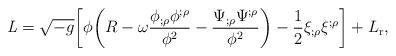
LaTeX: \begin{align*} {\it L} = \sqrt{-g}\biggl[\phi\biggl(R -\omega\frac{\phi_{;\rho}\phi^{;\rho}}{\phi^2} -\frac{\Psi_{;\rho}\Psi^{;\rho}}{\phi^{2}}\biggr) -\frac{1}{2}\xi_{;\rho}\xi^{;\rho}\biggr] + L_{\rm r},\end{align*}